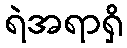
ရဲအရာရှိ